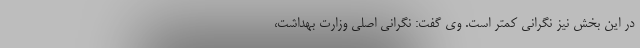
در این بخش نیز نگرانی کمتر است. وی گفت: نگرانی اصلی وزارت بهداشت،